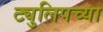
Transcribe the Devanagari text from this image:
ट्युलिपच्या